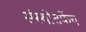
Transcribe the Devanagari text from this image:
संस्थोतर्फेच